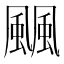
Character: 䬕